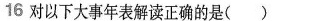
16对以下大事年表解读正确的是()